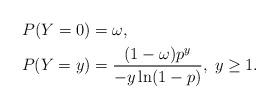
LaTeX: \begin{align*}P(Y=0) & = \omega, \\P(Y=y) & = \frac{(1-\omega)p^y}{-y \ln (1-p)}, \; y \geq 1.\end{align*}